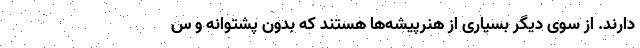
دارند. از سوی دیگر بسیاری از هنرپیشه‌ها هستند که بدون پشتوانه و س